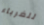
للغرباء